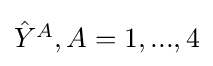
{\textstyle {\hat {Y}}^{A},A=1,...,4}